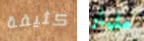
كثيفة مليار